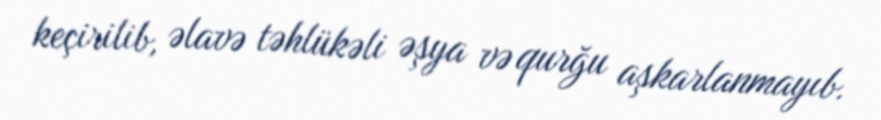
keçirilib, əlavə təhlükəli əşya və qurğu aşkarlanmayıb.